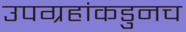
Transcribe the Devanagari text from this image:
उपग्रहांकडुनच